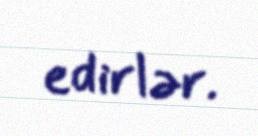
edirlər.